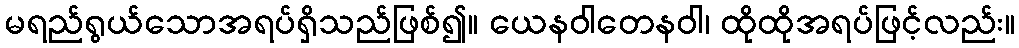
မရည်ရွယ်သောအရပ်ရှိသည်ဖြစ်၍။ ယေနဝါတေနဝါ၊ ထိုထိုအရပ်ဖြင့်လည်း။